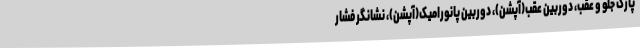
پارک جلو و عقب، دوربین عقب(آپشن)، دوربین پانورامیک(آپشن)، نشانگر فشار